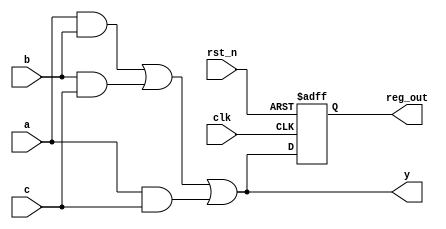
module example(
    input wire clk,          // Clock input
    input wire rst_n,       // Active-low reset
    input wire a, b, c,     // Input signals for combinational logic
    output reg y,           // Output for combinational logic
    output reg reg_out      // Output for sequential logic
);

// Combinational logic using always @*
always @* begin
    // Example combinational logic
    y = (a & b) | (b & c) | (a & c); // y is true if any two inputs are true
end

// Sequential logic using always @(posedge clk)
always @(posedge clk or negedge rst_n) begin
    if (!rst_n) begin
        reg_out <= 1'b0; // Reset output
    end else begin
        reg_out <= y; // Update register output with y on clock's rising edge
    end
end

endmodule